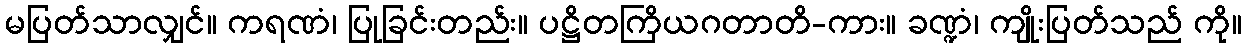
မပြတ်သာလျှင်။ ကရဏံ၊ ပြုခြင်းတည်း။ ပဋ္ဌိတကြိယဂတာတိ-ကား။ ခဏ္ဍံ၊ ကျိုးပြတ်သည် ကို။